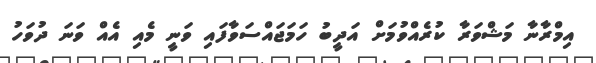
އިމްރާނާ މަޝްވަރާ ކުރެއްވުމަށް އަދީބު ހަމަޖައްސަވާފައި ވަނީ މެއި އެއް ވަނަ ދުވަހު